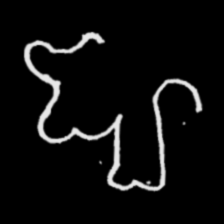
Pyu character \u2014 Myanmar letter: ဈ (romanized: jha)